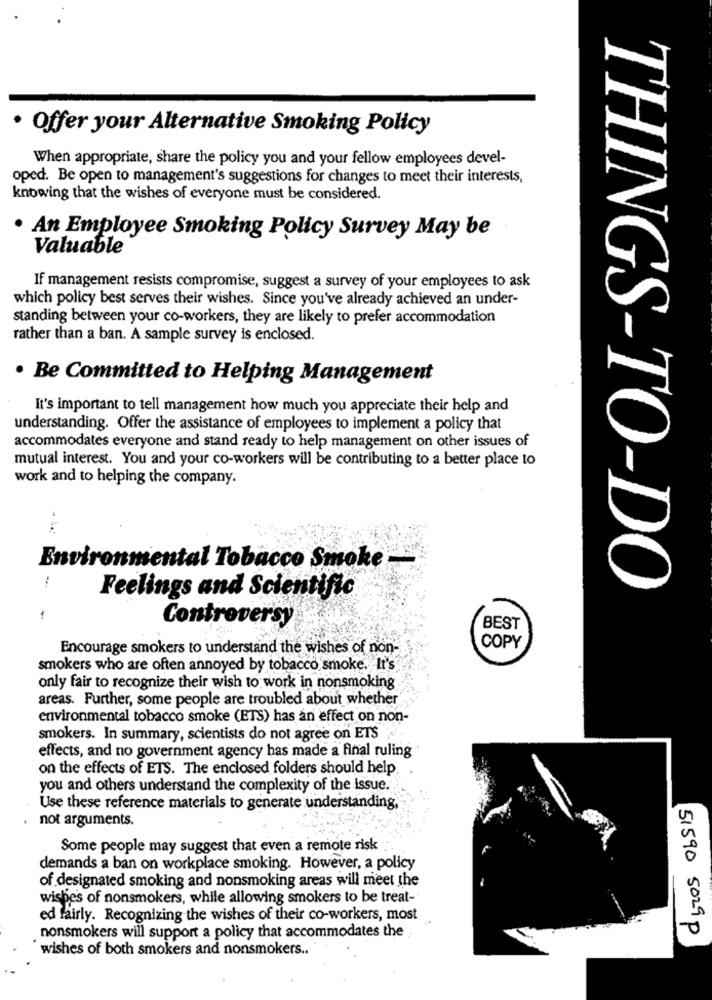
· Offer your Alternative Smoking Policy
When appropriate, share the policy you and your fellow employees devel-
oped. Be open to management's suggestions for changes to meet their interests,
knowing that the wishes of everyone must be considered.
. An Employee Smoking Policy Survey May be
Valuable
If management resists compromise, suggest a survey of your employees to ask
which policy best serves their wishes. Since you've already achieved an under-
standing between your co-workers, they are likely to prefer accommodation
1
rather than a ban. A sample survey is enclosed.
· Be Committed to Helping Management
It's important to tell management how much you appreciate their help and
understanding. Offer the assistance of employees to implement a policy that
accommodates everyone and stand ready to help management on other issues of
mutual interest. You and your co-workers will be contributing to a better place to
1
work and to helping the company.
Environmental Tobacco Smoke-
Feelings and Scientific
THINGS-TO-DO
Controversy
BEST
COPY
Encourage smokers to understand the wishes of non-
smokers who are often annoyed by tobacco smoke. It's
only fair to recognize their wish to work in nonsmoking
areas. Further, some people are troubled about whether
environmental tobacco smoke (ETS) has an effect on non-
smokers. In summary, scientists do not agree on ETS
effects, and no government agency has made a final ruling
on the effects of ETS. The enclosed folders should help
you and others understand the complexity of the issue.
Use these reference materials to generate understanding
not arguments.
Some people may suggest that even a remote risk
demands a ban on workplace smoking. However, a policy
of designated smoking and nonsmoking areas will meet the
wishes of nonsmokers, while allowing smokers to be treat-"
ed fairly. Recognizing the wishes of their co-workers, most
51590 5029P
nonsmokers will support a policy that accommodates the
wishes of both smokers and nonsmokers ..